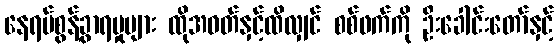
နေရပ်စွန့်ခွာရမှုများ ထိုအဝတ်နှင့်ထိလျှင် စစ်ဖက်ကို ဦးခေါင်းတော်နှင့်